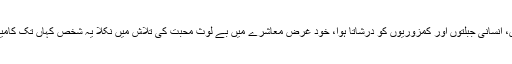
بہترین اسلوب، روان بیانیہ، زبان و بیان کی خوبی سے مملو موجودہ عہد کا نباض، انسانی جبلتوں اور کمزوریوں کو درشاتا ہوا، خود غرض معاشرے میں بے لوث محبت کی تلاش میں نکلا یہ شخص کہاں تک کامیاب ہوا ہے اس کا اندازہ اس افسانے پر کئے گئے بہترین تبصروں سے عیاں ہے۔